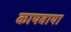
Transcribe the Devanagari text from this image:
कायवाया